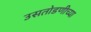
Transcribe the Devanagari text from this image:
उसतोडणीच्या